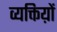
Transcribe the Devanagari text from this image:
व्यक्तिय़ों